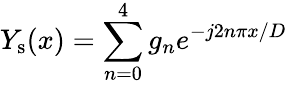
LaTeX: Y_{\mathrm{s}}(x)=\sum_{n=0}^{4}g_{n}e^{-j2n\pi x/D}